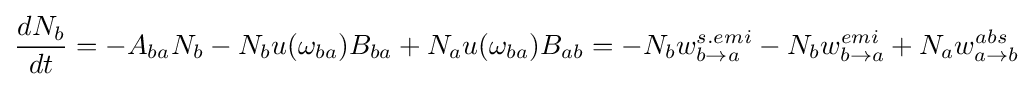
{\frac {dN_{b}}{dt}}=-A_{ba}N_{b}-N_{b}u(\omega _{ba})B_{ba}+N_{a}u(\omega _{ba})B_{ab}=-N_{b}w_{b\rightarrow a}^{s.emi}-N_{b}w_{b\rightarrow a}^{emi}+N_{a}w_{a\rightarrow b}^{abs}